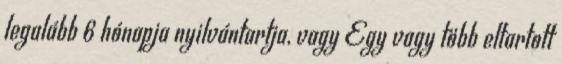
legalább 6 hónapja nyilvántartja, vagy Egy vagy több eltartott